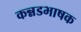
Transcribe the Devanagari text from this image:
कन्नडभाषक